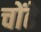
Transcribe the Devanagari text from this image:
चोंढे